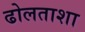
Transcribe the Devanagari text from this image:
ढोलताशा